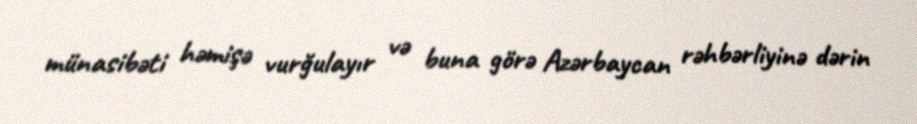
münasibəti həmişə vurğulayır və buna görə Azərbaycan rəhbərliyinə dərin